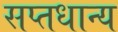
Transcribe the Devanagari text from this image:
सप्तधान्य